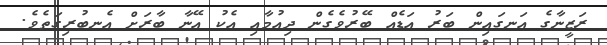
ރަޒީނާގެ އަނގައިން ބަރު އަޑެއް ބޭރުވެގެން ދިއުމާއި އެކު އޭނާ ބާރަށް އެނބުރިގަތެވެ.